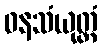
ဝနသံယုတ္တံ